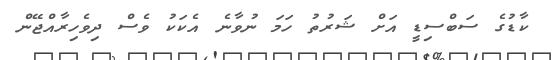
ކާޑުގެ ސަބްސިޑީ އަށް ޝަރުތު ހަމަ ނުވާނެ އެކަކު ވެސް ދިވެހިރާއްޖޭން